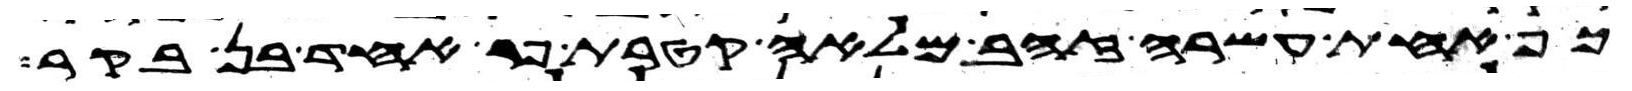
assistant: כף אחת עשרה זהב מלאה קטרת פר אחד בן בקר